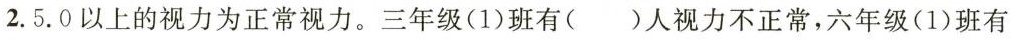
2.5.0以上的视力为正常视力。三年级(1)班有( )人视力不正常，六年级(1)班有